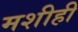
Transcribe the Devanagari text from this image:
मशीही